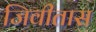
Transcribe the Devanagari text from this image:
जिवीतास